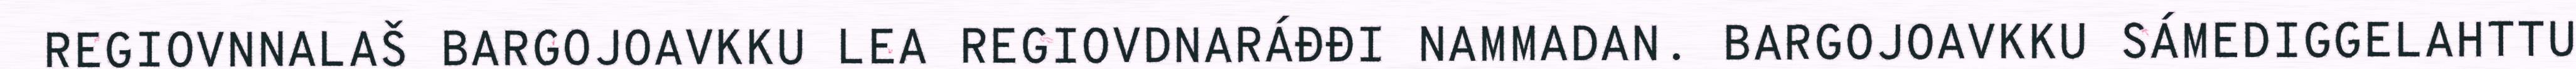
REGIOVNNALAŠ BARGOJOAVKKU LEA REGIOVDNARÁĐĐI NAMMADAN. BARGOJOAVKKU SÁMEDIGGELAHTTU